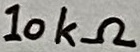
Text: 10kΩ